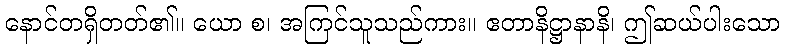
နောင်တရှိတတ်၏။ ယော စ၊ အကြင်သူသည်ကား။ ဧတာနိဋ္ဌာနာနိ၊ ဤဆယ်ပါးသော